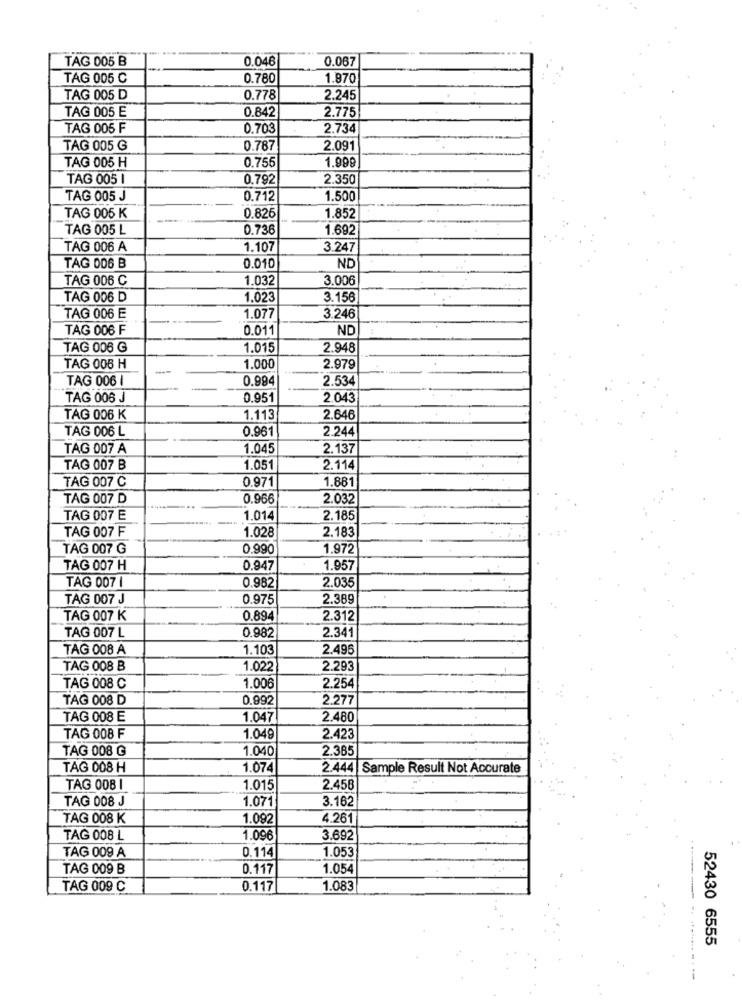
TAG 005 B
0.046
0.067
TAG 005 C
0.780
1.870
TAG 005 D
0.778
2.245
TAG 005 E
0.842
2.775
TAG 005 F
0.703
2.734
TAG 005 G
0.787
2.091
1.999
TAG 005 H
0.755
TAG 005 I
0.792
2.350
TAG 005 J
0.712
1.500
TAG 005 K
0.826
1.852
TAG 005 L
0.736
1.692
TAG 006 A
1.107
3.247
TAG 006 B
0.010
ND
TAG 006 C
1.032
3.006
TAG 006 D
1.023
3.156
TAG 006 E
1.077
3.246
TAG 006 F
0.011
ND
TAG 006 G
1.015
2.948
TAG 006 H
1.000
2.979
TAG 006
0.994
2.534
TAG 006 J
0.951
2.043
TAG 006 K
1.113
2.646
TAG 006 L
0.961
2.244
TAG 007 A
1.045
2.137
TAG 007 B
1.051
2.114
TAG 007 C
0.971
1.881
TAG 007 D
0.966
2.032
TAG 007 E
1.014
2.185
TAG 007 F
1.028
2.183
TAG 007 G
0.990
1.972
TAG 007 H
0.947
1.957
TAG 007 1
2.03
0.982
TAG 007 J
0.975
2.389
TAG 007 K
0.894
2.312
TAG 007 L
0.982
2.341
TAG 008 A
1.103
2.495
TAG 008 B
1.022
2.293
TAG 008 C
1.006
2.254
TAG 008 D
0.992
2.277
TAG 008 E
1.047
2.480
TAG 008 F
1.049
2.423
TAG 008 G
1.040
2.385
TAG 008 H
1.074
2.444 Sample Result Not Accurate
TAG 008 1
1.015
2.458
TAG 008 J
1.071
3.162
TAG 008 K
1.092
4.261
TAG 008 L
1.096
3.692
0.114
1.053
TAG 009 A
TAG 009 B
0.117
1.054
TAG 009 C
0.117
1.083
---
52430 6555